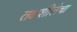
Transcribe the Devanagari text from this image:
तक्षशीलेचा